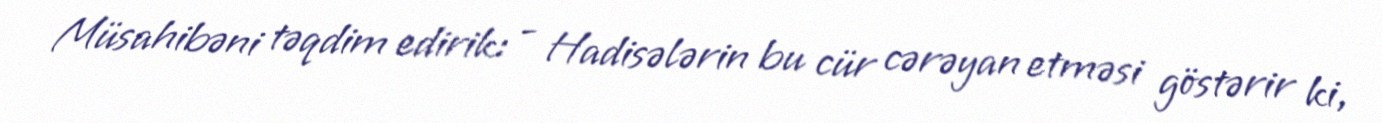
Müsahibəni təqdim edirik: - Hadisələrin bu cür cərəyan etməsi göstərir ki,